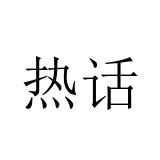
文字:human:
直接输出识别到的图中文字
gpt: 热话